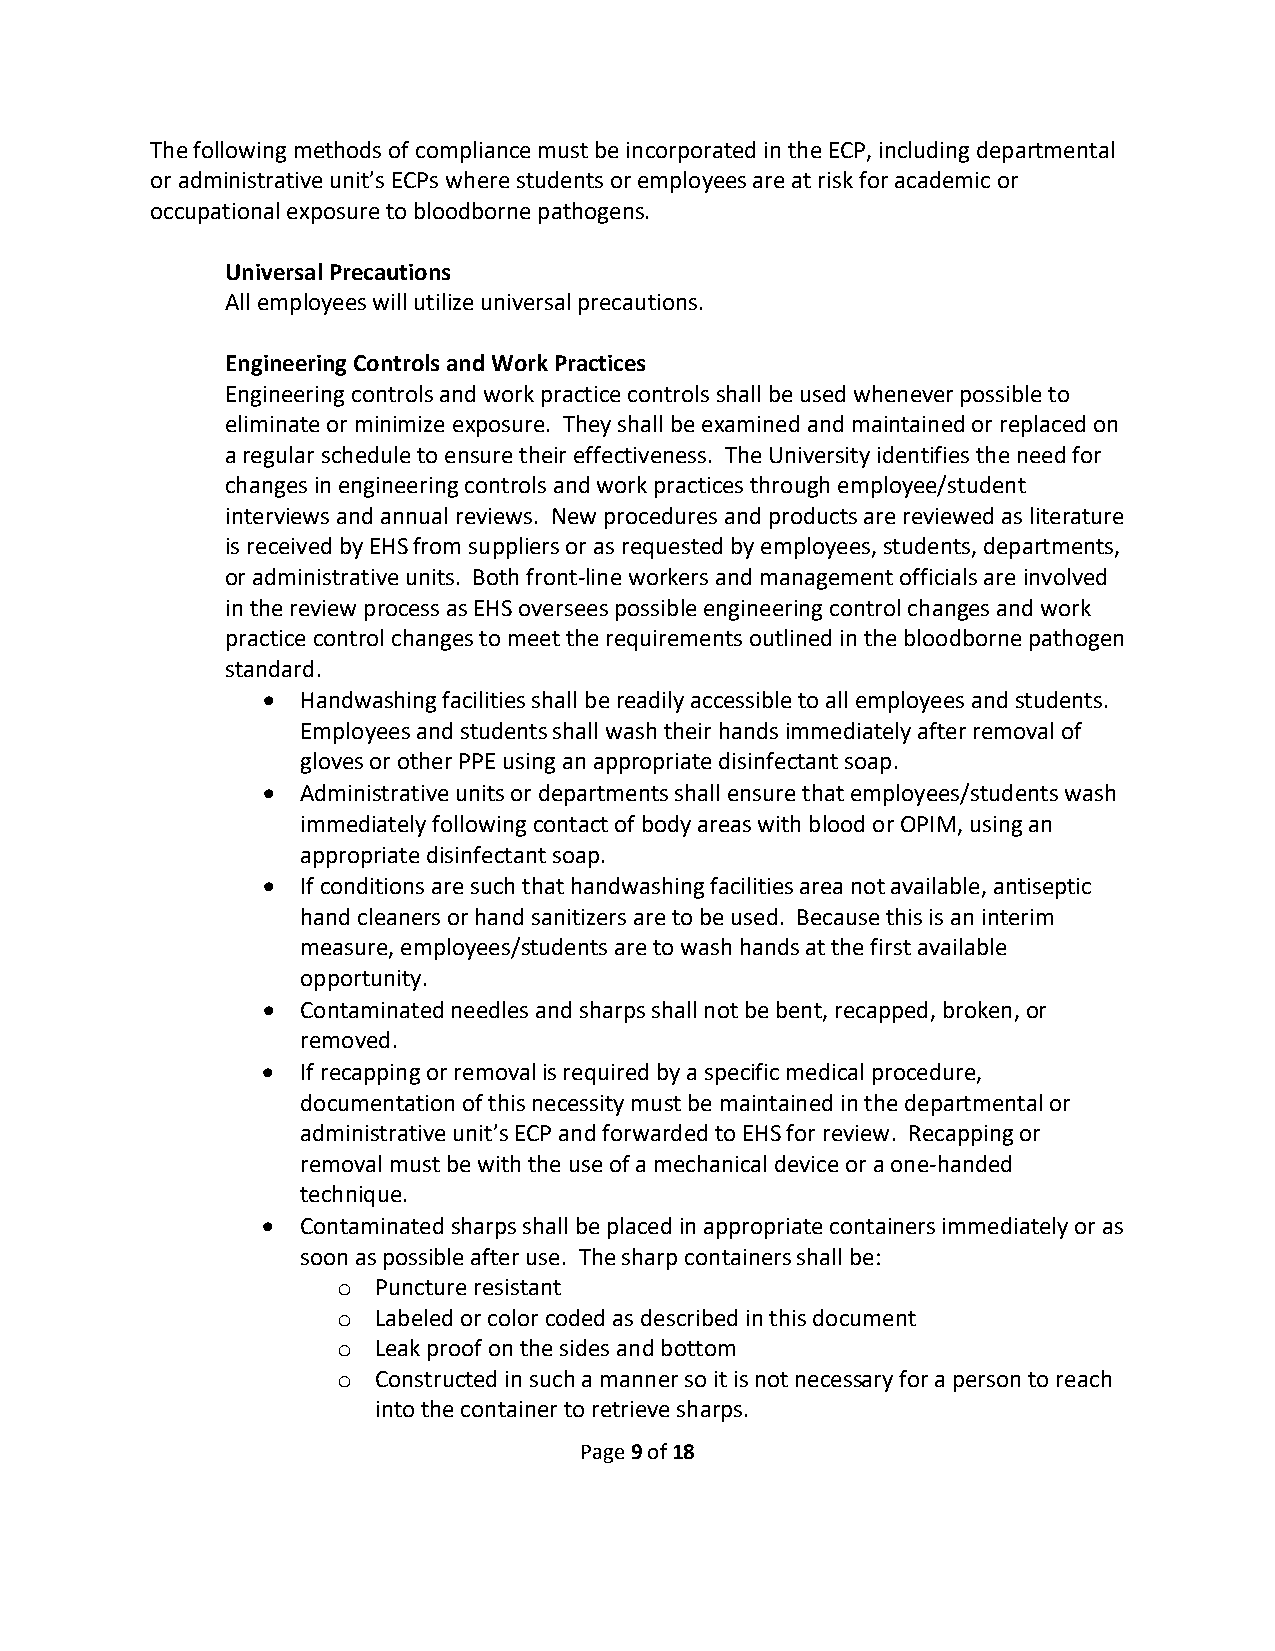
The following methods of compliance must be incorporated in the ECP, including departmental
 or administrative unit’s ECPs where students or employees are at risk for academic or
 occupational exposure to bloodborne pathogens.
 Universal Precautions
 All employees will utilize universal precautions.
 Engineering Controls and Work Practices
 Engineering controls and work practice controls shall be used whenever possible to
 eliminate or minimize exposure. They shall be examined and maintained or replaced on
 a regular schedule to ensure their effectiveness. The University identifies the need for
 changes in engineering controls and work practices through employee/student
 interviews and annual reviews. New procedures and products are reviewed as literature
 is received by EHS from suppliers or as requested by employees, students, departments,
 or administrative units. Both front-line workers and management officials are involved
 in the review process as EHS oversees possible engineering control changes and work
 practice control changes to meet the requirements outlined in the bloodborne pathogen
 standard.
 •  Handwashing facilities shall be readily accessible to all employees and students.
 Employees and students shall wash their hands immediately after removal of
 gloves or other PPE using an appropriate disinfectant soap.
 •  Administrative units or departments shall ensure that employees/students wash
 immediately following contact of body areas with blood or OPIM, using an
 appropriate disinfectant soap.
 •  If conditions are such that handwashing facilities area not available, antiseptic
 hand cleaners or hand sanitizers are to be used. Because this is an interim
 measure, employees/students are to wash hands at the first available
 opportunity.
 •  Contaminated needles and sharps shall not be bent, recapped, broken, or
 removed.
 •  If recapping or removal is required by a specific medical procedure,
 documentation of this necessity must be maintained in the departmental or
 administrative unit’s ECP and forwarded to EHS for review. Recapping or
 removal must be with the use of a mechanical device or a one-handed
 technique.
 •  Contaminated sharps shall be placed in appropriate containers immediately or as
 soon as possible after use. The sharp containers shall be:
 Puncture resistant
 o
 Labeled or color coded as described in this document
 o
 Leak proof on the sides and bottom
 o
 Constructed in such a manner so it is not necessary for a person to reach
 o
 into the container to retrieve sharps.
 Page 9 of 18